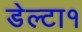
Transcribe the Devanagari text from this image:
डेल्टा१